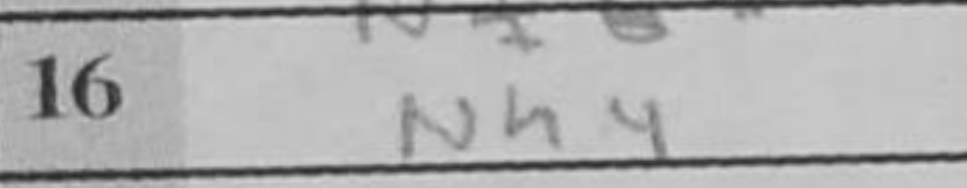
Transcription: Nh4